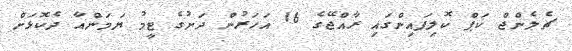
ޗެލެންޖް ކަޕް ކޮލިފައިންގައި ރާއްޖޭގެ 16 އަހަރުން ދަށުގެ ޓީމު ޔަމަންއާ ދެކޮޅަށް